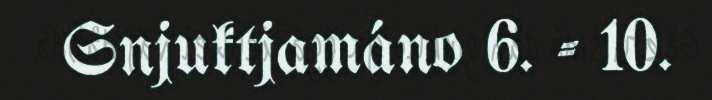
Snjuktjamáno 6. - 10.